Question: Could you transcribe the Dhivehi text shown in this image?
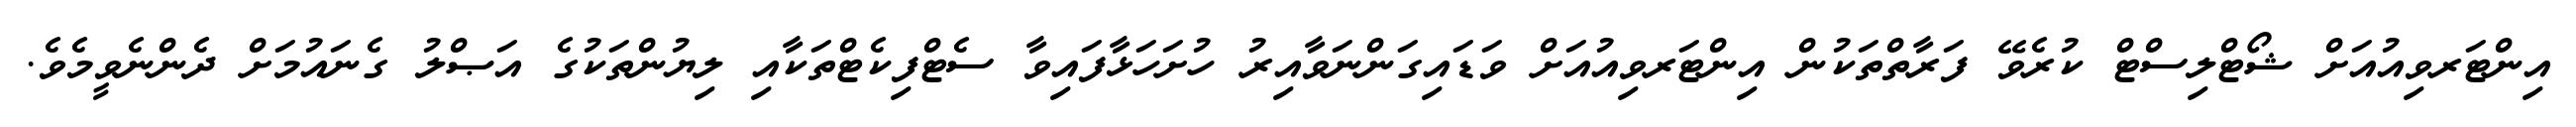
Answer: އިންޓަރވިއުއަށް ޝޯޓްލިސްޓް ކުރެވޭ ފަރާތްތަކުން އިންޓަރވިއުއަށް ވަޑައިގަންނަވާއިރު ހުށަހަޅާފައިވާ ސެޓްފިކެޓްތަކާއި ލިޔުންތަކުގެ އަޞްލު ގެނައުމަށް ދެންނެވީމެވެ.